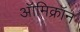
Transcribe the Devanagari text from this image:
ऑमिक्रॉन